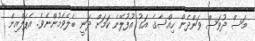
މަސް ދުވަސް ވަންދެން ހިއްސާގެ އަގު އުފުލޭނެ ކަމަށް ދަނީ ބެލެވެމުންނެވެ. އެޕަލްއިން